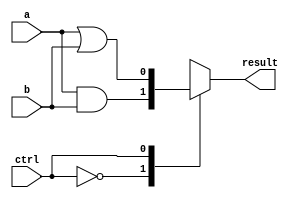
module ALU_1bit(
  input wire a,
  input wire b,
  input wire ctrl,
  output wire result
);

  wire and_out, or_out, xor_out, add_sub_out;

  // AND gate
  assign and_out = a & b;

  // OR gate
  assign or_out = a | b;

  // XOR gate
  assign xor_out = a ^ b;

  // Adder/Subtractor block
  assign add_sub_out = (ctrl) ? (a + b) : (a - b);

  // Control logic
  always @(*) begin
    case(ctrl)
      2'b00: result = and_out;
      2'b01: result = or_out;
      2'b10: result = xor_out;
      2'b11: result = add_sub_out;
    endcase
  end

endmodule